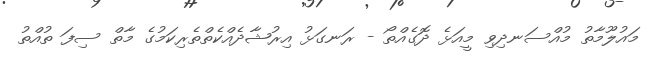
މައުލޫމާތު މުއްސަނދިވި މީއަޅެ ދޮގެއްތޯ - ރަނގަޅު އިރުޝާދެއްކެތްތެރިކަމުގެ މާތް ސިފަ ތުއްތު